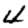
Digit: 4